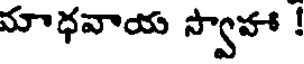
మాధవాయ స్వాహా !